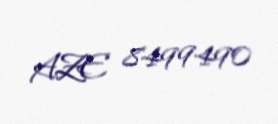
AZE 8499490